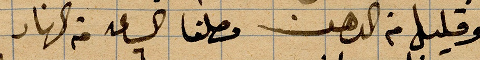
وقليل من الدهن وصلنا الساعة ٦ من النهار